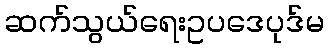
ဆက်သွယ်ရေးဥပဒေပုဒ်မ